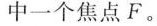
中一个焦点F。